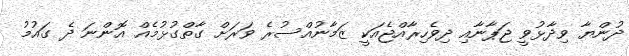
ދުންޔާ ވިދާޅުވީ ޖަޕާނާއި ދިވެހިރާއްޖެއަކީ ޒަމާނުއްސުރެ ވަރަށް ގާތްގުޅުމެއް އޮންނަ ދެ ގައުމު